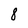
Character: 8